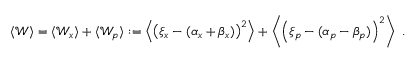
\begin{array} { r } { \langle \mathcal { W } \rangle = \langle \mathcal { W } _ { x } \rangle + \langle \mathcal { W } _ { p } \rangle : = \left\langle \left( \xi _ { x } - ( \alpha _ { x } + \beta _ { x } ) \right) ^ { 2 } \right\rangle + \left\langle \left( \xi _ { p } - ( \alpha _ { p } - \beta _ { p } ) \right) ^ { 2 } \right\rangle \; . } \end{array}